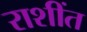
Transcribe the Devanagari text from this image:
राशींत